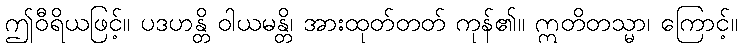
ဤဝီရိယဖြင့်။ ပဒဟန္တိ ဝါယမန္တိ၊ အားထုတ်တတ် ကုန်၏။ ဣတိတသ္မာ၊ ကြောင့်။